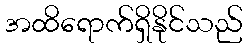
အထိရောက်ရှိနိုင်သည်